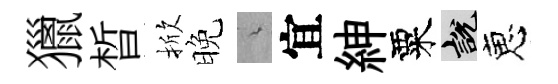
獵晳掀晚綿宜紳粟説恵